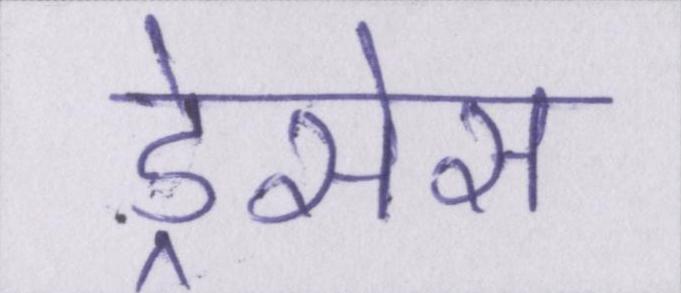
ड्रेसेस